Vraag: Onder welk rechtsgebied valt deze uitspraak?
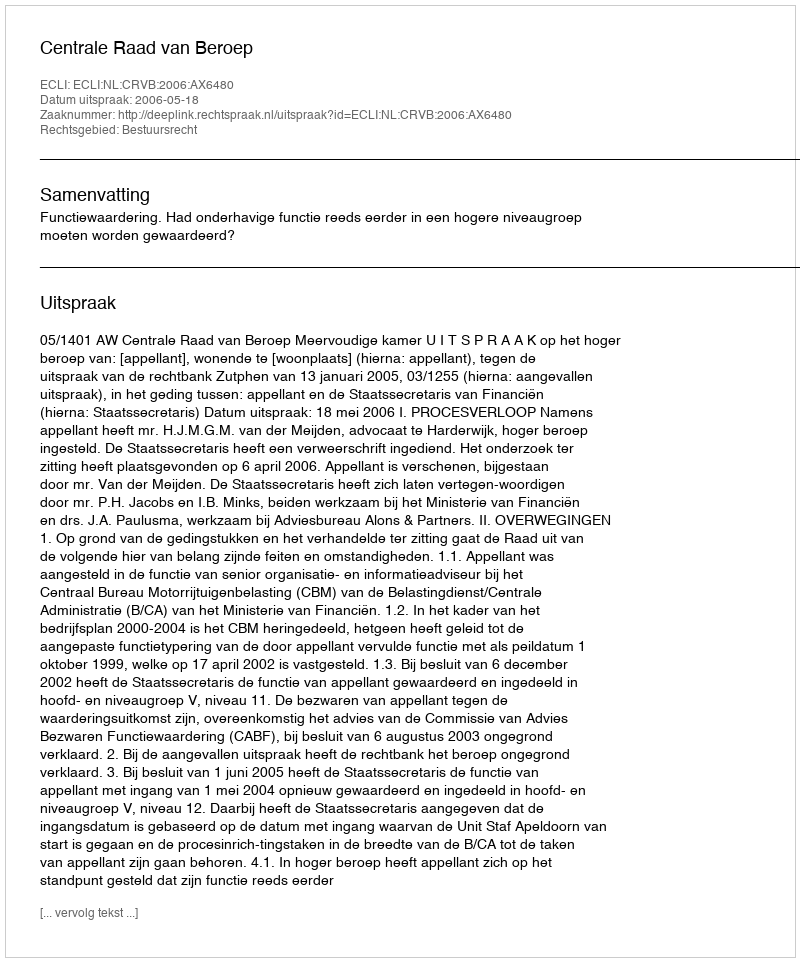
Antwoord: Bestuursrecht